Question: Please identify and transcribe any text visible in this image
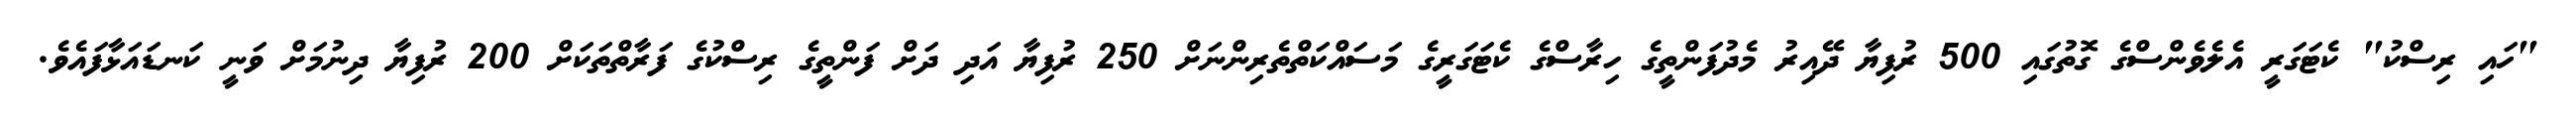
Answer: "ހައި ރިސްކު" ކެޓަގަރީ އެލެވެންސްގެ ގޮތުގައި 500 ރުފިޔާ ދޭއިރު މެދުފަންތީގެ ހިރާސްގެ ކެޓަގަރީގެ މަސައްކަތްތެރިންނަށް 250 ރުފިޔާ އަދި ދަށް ފަންތީގެ ރިސްކުގެ ފަރާތްތަކަށް 200 ރުފިޔާ ދިނުމަށް ވަނީ ކަނޑައަޅާފައެވެ.